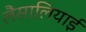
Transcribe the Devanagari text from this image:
लैसालियाई